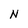
Character: N